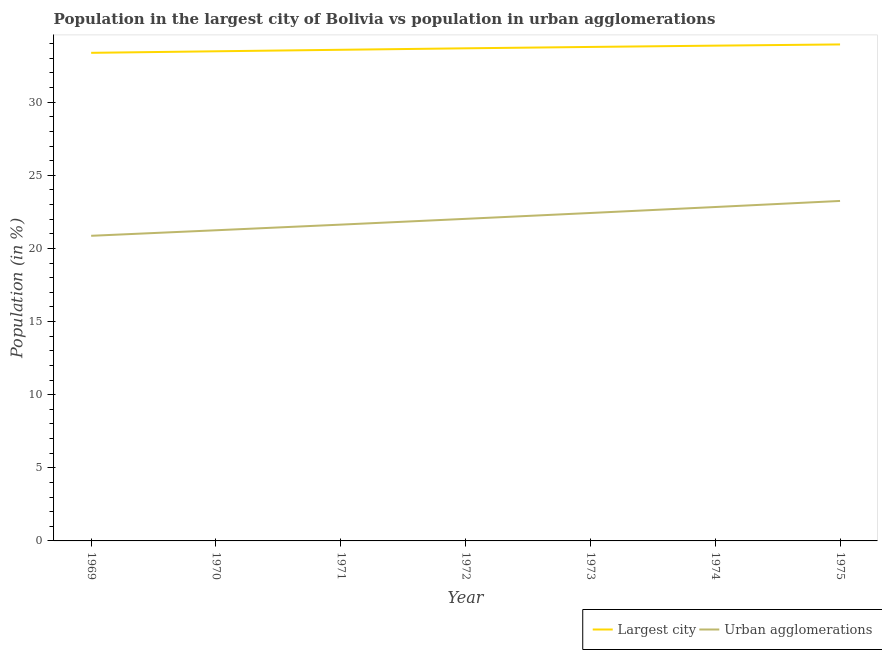
| Year | Largest city | Urban agglomerations |
 | --- | --- | --- |
 | 1969 | 33.4 | 20.9 |
 | 1970 | 33.5 | 21.2 |
 | 1971 | 33.6 | 21.6 |
 | 1972 | 33.7 | 22 |
 | 1973 | 33.8 | 22.4 |
 | 1974 | 33.9 | 22.8 |
 | 1975 | 33.9 | 23.2 |